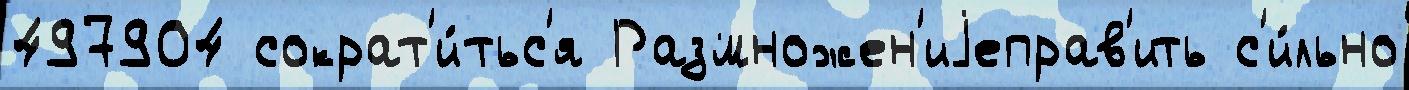
497904 сократ'и́тьс'я Размножен'иjеправ'ить с'и́льно